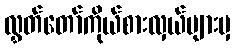
လွှတ်တော်ကိုယ်စားလှယ်များမှ